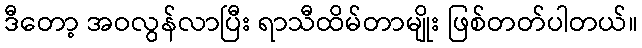
ဒီတော့ အဝလွန်လာပြီး ရာသီထိမ်တာမျိုး ဖြစ်တတ်ပါတယ်။